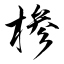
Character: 椮